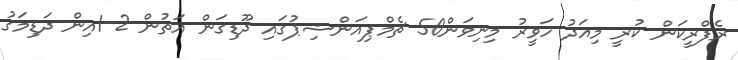
ރެފްރީކަން ކުރީ މިއަދު ހަވީރު މިނިވަން50 ޗެމްޕިއަންޝިޕުގައި ދޫޑިގަން އަތުން 2-1އިން ދަޑިމަގު